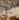
باقي